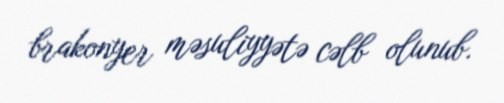
brakonyer məsuliyyətə cəlb olunub.